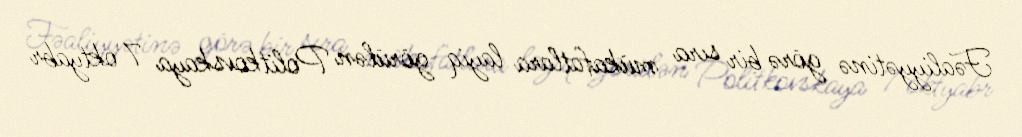
Fəaliyyətinə görə bir sıra mükafatlara layiq görülən Politkovskaya 7 oktyabr